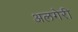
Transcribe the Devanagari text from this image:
अलगेरी